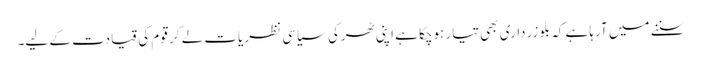
سننے میں آرہا ہے کہ بلو زرداری بھی تیار ہوچکا ہے اپنی ٹھرکی سیاسی نظریات لے کر قوم کی قیادت کے لیے۔